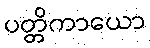
ပတ္တိကာယော